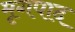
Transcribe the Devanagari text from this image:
मृगपाद